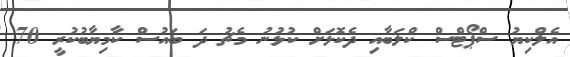
އެލްކިޔު ސްޕޯޓްސް ކްލަބާއި ދެކޮޅަށް ކުޅުނު މެޗު ދަ ބައުސް ކާމިޔާބުކުރީ 70